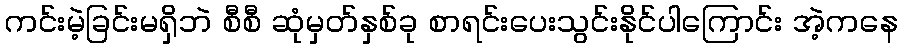
ကင်းမဲ့ခြင်းမရှိဘဲ စီစီ ဆုံမှတ်နှစ်ခု စာရင်းပေးသွင်းနိုင်ပါကြောင်း အဲ့ကနေ